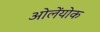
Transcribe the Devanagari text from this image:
ओलेंयोक